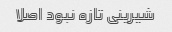
شیرینی تازه نبود اصلا